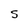
Character: S